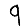
Digit: 9